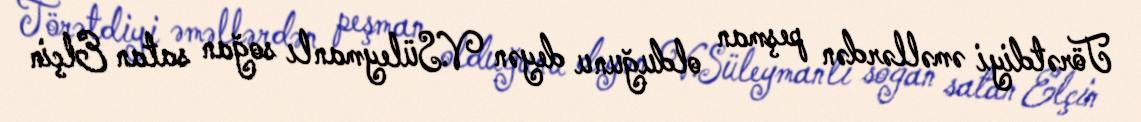
Törətdiyi əməllərdən peşman olduğunu deyən V.Süleymanlı soğan satan Elçin